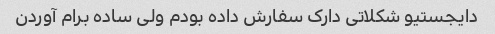
دایجستیو شکلاتی دارک سفارش داده بودم ولی ساده برام آوردن